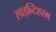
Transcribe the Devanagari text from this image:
साइन्टिएरम